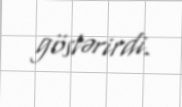
göstərirdi.